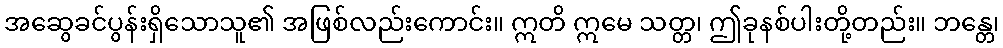
အဆွေခင်ပွန်းရှိသောသူ၏ အဖြစ်လည်းကောင်း။ ဣတိ ဣမေ သတ္တ၊ ဤခုနစ်ပါးတို့တည်း။ ဘန္တေ၊